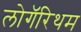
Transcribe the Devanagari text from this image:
लोगॅरिथम